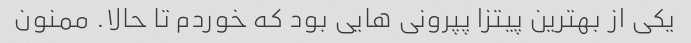
یکی از بهترین پیتزا پپرونی هایی بود که خوردم تا حالا. ممنون